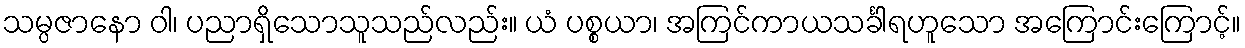
သမ္ပဇာနော ဝါ၊ ပညာရှိသောသူသည်လည်း။ ယံ ပစ္စယာ၊ အကြင်ကာယသင်္ခါရဟူသော အကြောင်းကြောင့်။